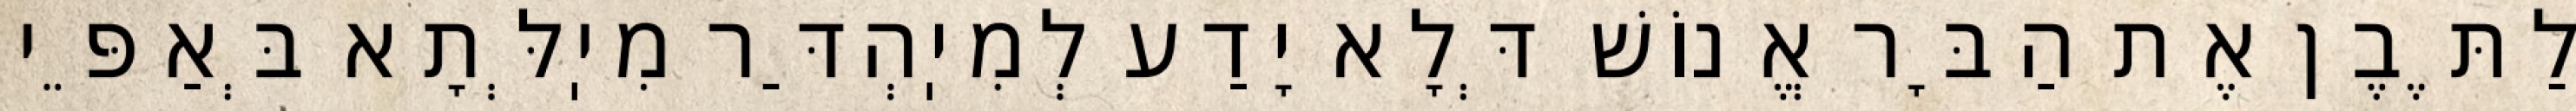
לַתֶּבֶן אֶת הַבָּר אֱנוֹשׁ דְּלָא יָדַע לְמִיֽהְדַּר מִיֽלְּתָא בְּאַפֵּי